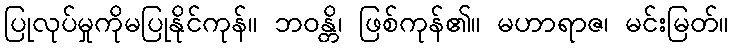
ပြုလုပ်မှုကိုမပြုနိုင်ကုန်။ ဘဝန္တိ၊ ဖြစ်ကုန်၏။ မဟာရာဇ၊ မင်းမြတ်။